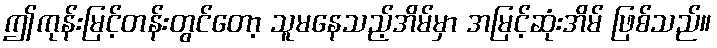
ဤကုန်းမြင့်တန်းတွင်တော့ သူမနေသည့်အိမ်မှာ အမြင့်ဆုံးအိမ် ဖြစ်သည်။